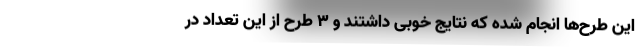
این طرح‌ها انجام شده که نتایج خوبی داشتند و ۳ طرح از این تعداد در